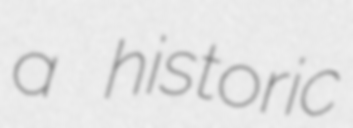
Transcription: a historic